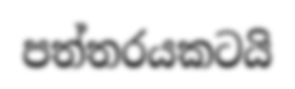
පත්තරයකටයි